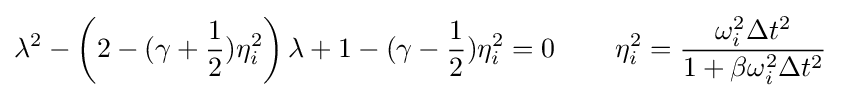
\lambda ^{2}-\left(2-(\gamma +{\frac {1}{2}})\eta _{i}^{2}\right)\lambda +1-(\gamma -{\frac {1}{2}})\eta _{i}^{2}=0\,\qquad \eta _{i}^{2}={\frac {\omega _{i}^{2}\Delta t^{2}}{1+\beta \omega _{i}^{2}\Delta t^{2}}}